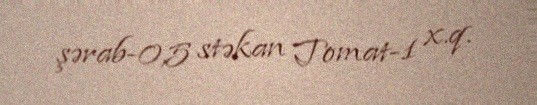
şərab-0,5 stəkan Tomat-1 x.q.